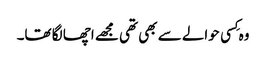
وہ کِسی حوالے سے بھی تھی مجھے اچھا لگا تھا۔